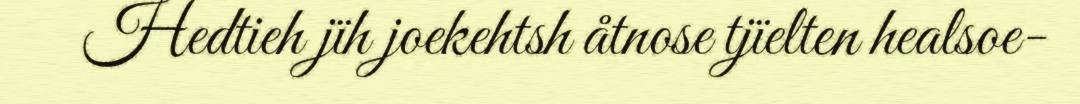
Hedtieh jïh joekehtsh åtnose tjïelten healsoe-